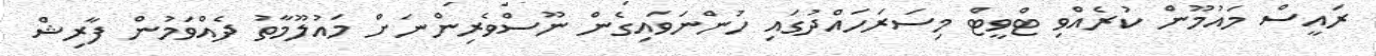
ރައީސް މައުމޫން ކުރެއްވި ޓްވީޓް މިސަރަހައްދުގައި ހުންނަވައިގެން ނޫސްވެރިންނަށް މައުލޫމާތު ދެއްވަމުން ފާރިޝް